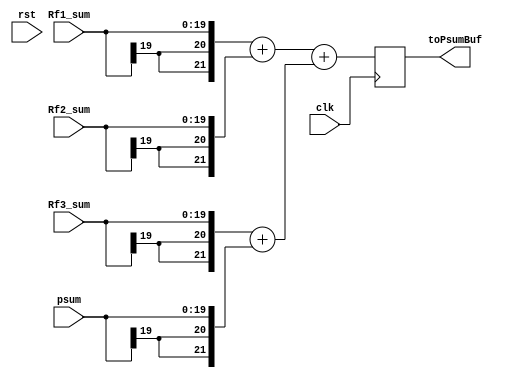
module Adder2(clk, rst, Rf1_sum, Rf2_sum, Rf3_sum, psum, toPsumBuf);

input clk, rst;
input [19:0] Rf1_sum, Rf2_sum, Rf3_sum, psum;
output reg [21:0] toPsumBuf;

always@(posedge clk)begin
	toPsumBuf <= ( ({{2{Rf1_sum[19]}}, Rf1_sum} + {{2{Rf2_sum[19]}}, Rf2_sum}) + ({{2{Rf3_sum[19]}}, Rf3_sum} + {{2{psum[19]}}, psum}) );
end


endmodule